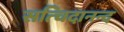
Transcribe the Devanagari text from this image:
सत्चिदानन्द